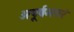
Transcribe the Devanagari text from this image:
अपूर्वमपरं